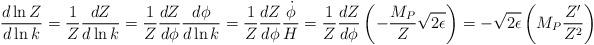
LaTeX: \begin{align*}\frac{d \ln Z}{d \ln k} = \frac{1}{Z} \frac{d Z}{d \ln k}= \frac{1}Z \frac{d Z}{d \phi} \frac{d \phi}{d \ln k}= \frac{1}Z \frac{d Z}{d \phi} \frac{\dot{\phi}}{H}= \frac{1}Z \frac{d Z}{d \phi} \left( - \frac{M_P}{Z} \sqrt{2 \epsilon} \right)= - \sqrt{2 \epsilon} \left( M_P \frac{Z^{\prime}}{Z^2} \right)\end{align*}